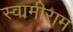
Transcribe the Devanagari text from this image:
स्वामीराम